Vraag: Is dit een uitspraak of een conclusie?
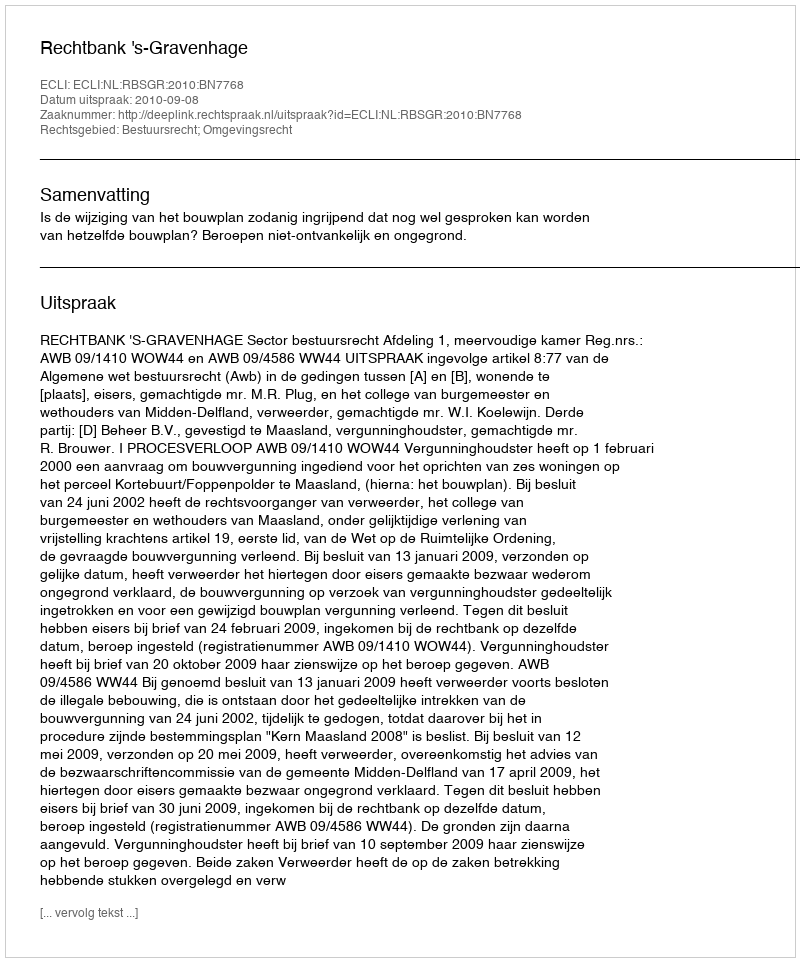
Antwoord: Uitspraak